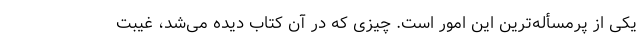
یکی از پرمسأله‌ترین این امور است. چیزی که در آن کتاب دیده می‌شد، غیبت